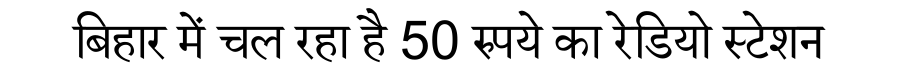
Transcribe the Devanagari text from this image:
बिहार में चल रहा है 50 रुपये का रेडियो स्टेशन